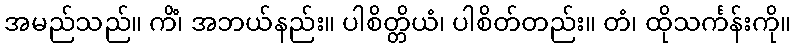
အမည်သည်။ ကိံ၊ အဘယ်နည်း။ ပါစိတ္တိယံ၊ ပါစိတ်တည်း။ တံ၊ ထိုသင်္ကန်းကို။